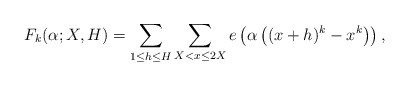
\begin{align*}F_k(\alpha;X,H)=\sum_{1\le h\le H}\sum_{X<x\le 2X}e\left( \alpha \left( (x+h)^k-x^k \right) \right),\end{align*}